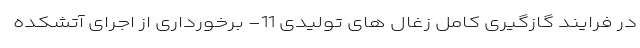
در فرایند گازگیری کامل زغال های تولیدی 11- برخورداری از اجرای آتشکده